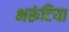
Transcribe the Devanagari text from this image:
भरूंटिया